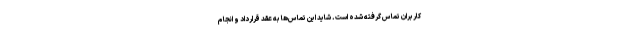
کاربران تماس گرفته شده است. شاید این تماس‌ها به عقد قرارداد و انجام